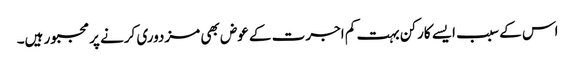
اس کے سبب ایسے کارکن بہت کم اجرت کے عوض بھی مزدوری کرنے پر مجبور ہیں۔